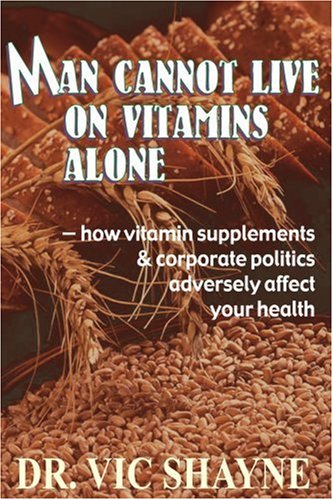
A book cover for Man Cannot Live on Vitamins Alone: How vitamin supplements &corporate; Vic Shayne Ph.D.; Health, Fitness & Dieting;